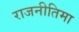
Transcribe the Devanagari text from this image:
राजनीतिमा